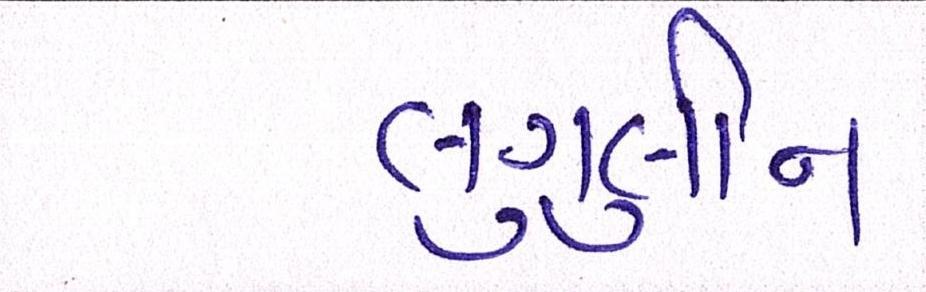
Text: લુગુલીન